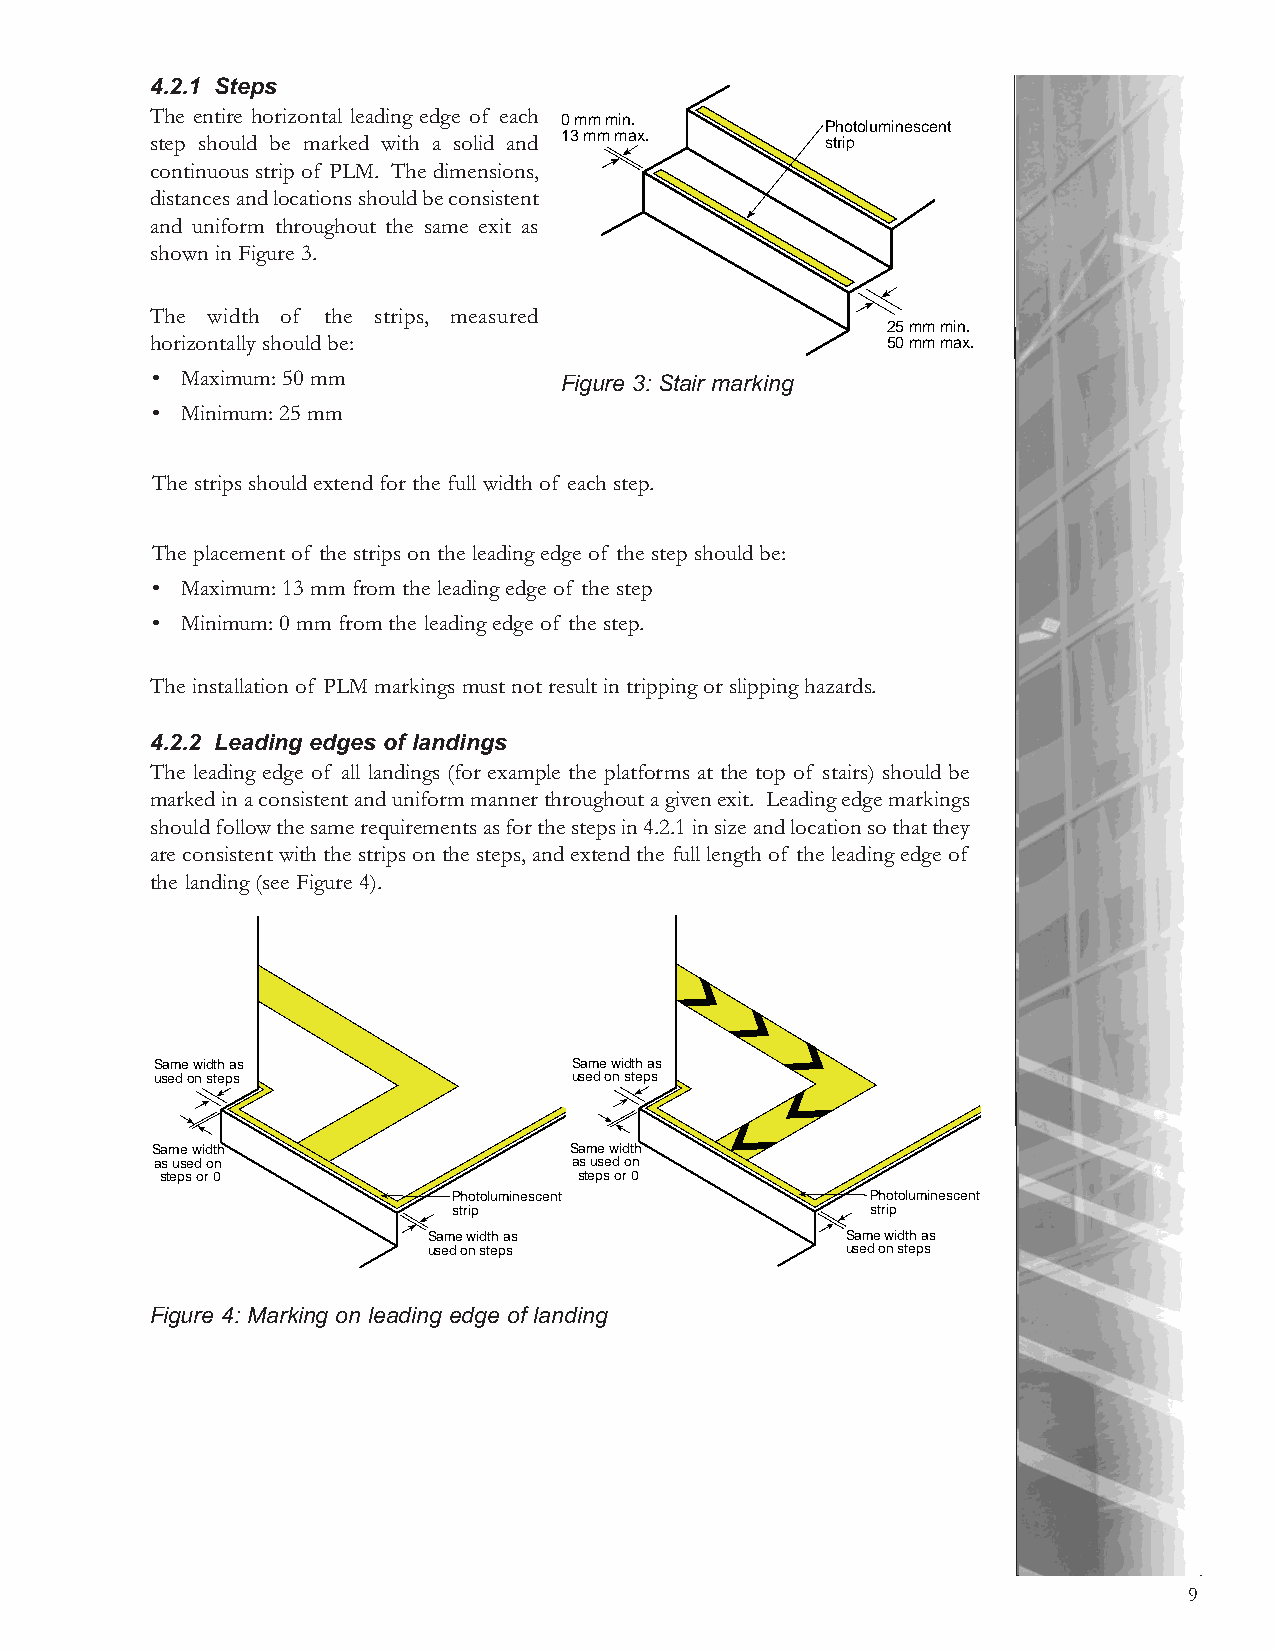
4.2.1 Steps
 The entire horizontal leading edge of each
 0 mm min.
 Photoluminescent
 step should be marked with a solid and 13 mm max. strip
 continuous strip of PLM. The dimensions,
 distances and locations should be consistent
 and uniform throughout the same exit as
 shown in Figure 3.
 The width of the strips, measured
 25 mm min.
 horizontally should be:                          50 mm max.
 • Maximum: 50 mm           Figure 3: Stair marking
 • Minimum: 25 mm
 The strips should extend for the full width of each step.
 The placement of the strips on the leading edge of the step should be:
 • Maximum: 13 mm from the leading edge of the step
 • Minimum: 0 mm from the leading edge of the step.
 The installation of PLM markings must not result in tripping or slipping hazards.
 4.2.2 Leading edges of landings
 The leading edge of all landings (for example the platforms at the top of stairs) should be
 marked in a consistent and uniform manner throughout a given exit. Leading edge markings
 should follow the same requirements as for the steps in 4.2.1 in size and location so that they
 are consistent with the strips on the steps, and extend the full length of the leading edge of
 the landing (see Figure 4).
 Same width as               Same width as
 used on steps               used on steps
 Same width                  Same width
 as used on                  as used on
 steps or 0                 steps or 0
 Photoluminescent            Photoluminescent
 strip                       strip
 Same width as               Same width as
 used on steps               used on steps
 Figure 4: Marking on leading edge of landing
 9